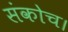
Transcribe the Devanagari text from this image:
संकोच।